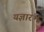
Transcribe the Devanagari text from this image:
यज्ञारंभ